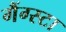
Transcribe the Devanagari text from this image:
गैंग्स्टा